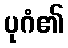
ပုဂံ၏